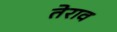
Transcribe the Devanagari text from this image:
तेराव